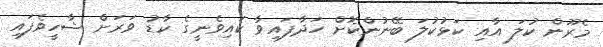
މެރޫން ކުލަ އާއި ކަޅުކުލަ ބޭނުންކޮށް ހަދާފައިވާ ކައިވެނީގެ ކާޑު ވަރަށް ޝާހީވެފައި